Distribution and causation of leprosy in British India
Year: 1875
Disease focus: Leprosy
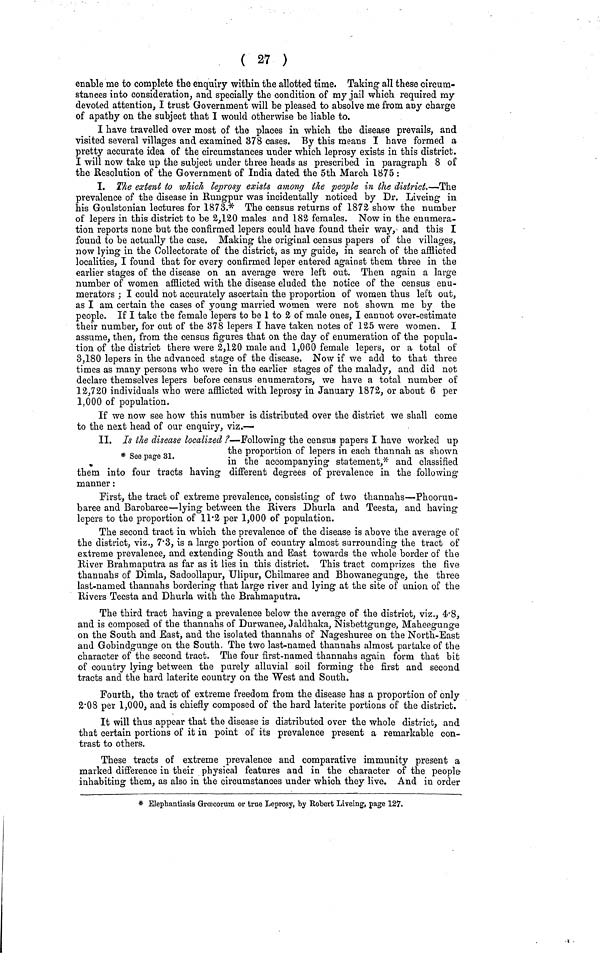
( 27 )
enable me to complete the enquiry within the allotted time. Taking all these circum-
stances into consideration, and specially the condition of my jail which required my
devoted attention, I trust Government will be pleased to absolve me from any charge
of apathy on the subject that I would otherwise be liable to.
I have travelled over most of the places in which the disease prevails, and
visited several villages and examined 378 cases. By this means I have formed a
pretty accurate idea of the circumstances under which leprosy exists in this district.
I will now take up the subject under three heads as prescribed in paragraph 8 of
the Resolution of the Government of India dated the 5th March 1875 :
I. The extent to which leprosy exists among the people in the district.—The
prevalence of the disease in Rungpur was incidentally noticed by Dr. Liveing in
his Goulstonian lectures for 1873.* The census returns of 1872 show the number
of lepers in this district to be 2,120 males and 182 females. Now in the enumera-
tion reports none but the confirmed lepers could have found their way, and this I
found to be actually the case. Making the original census papers of the villages,
now lying in the Collectorate of the district, as my guide, in search of the afflicted
localities, I found that for every confirmed leper entered against them three in the
earlier stages of the disease on an average were left out. Then again a large
number of women afflicted with the disease eluded the notice of the census enu-
merators ; I could not accurately ascertain the proportion of women thus left out,
as I am certain the cases of young married women were not shown me by the
people. If I take the female lepers to be 1 to 2 of male ones, I cannot over-estimate
their number, for out of the 378 lepers I have taken notes of 125 were women. I
assume, then, from the census figures that on the day of enumeration of the popula-
tion of the district there were 2,120 male and 1,060 female lepers, or a total of
3,180 lepers in the advanced stage of the disease. Now if we add to that three
times as many persons who were in the earlier stages of the malady, and did not
declare themselves lepers before census enumerators, we have a total number of
12,720 individuals who were afflicted with leprosy in January 1872, or about 6 per
1,000 of population.
If we now see how this number is distributed over the district we shall come
to the next head of our enquiry, viz.—
* See page 31.
II. Is the disease localized ?—Following the census papers I have worked up
the proportion of lepers in each thannah as shown
in the accompanying statement,* and classified
them into four tracts having different degrees of prevalence in the following
manner :
First, the tract of extreme prevalence, consisting of two thannahs—Phoorun-
baree and Barobaree—lying between the Rivers Dhurla and Teesta, and having
lepers to the proportion of 11·2 per 1,000 of population.
The second tract in which the prevalence of the disease is above the average of
the district, viz., 7·3, is a large portion of country almost surrounding the tract of
extreme prevalence, and extending South and Bast towards the whole border of the
River Brahmaputra as far as it lies in this district. This tract comprizes the five
thannahs of Dimla, Sadoollapur, Ulipur, Chilmaree and Bhowanegunge, the three
last-named thannahs bordering that large river and lying at the site of union of the
Rivers Teesta and Dhurla with the Brahmaputra.
The third tract having a prevalence below the average of the district, viz., 4·8,
and is composed of the thannahs of Durwanee, Jaldhaka, Nisbettgunge, Maheegunge
on the South and East, and the isolated thannahs of Nageshuree on the North-East
and Gobindgunge on the South. The two last-named thannahs almost partake of the
character of the second tract. The four first-named thannahs again form that bit
of country lying between the purely alluvial soil forming the first and second
tracts and the hard latente country on the West and South.
Fourth, the tract of extreme freedom from the disease has a proportion of only
2·08 per 1,000, and is chiefly composed of the hard laterite portions of the district.
It will thus appear that the disease is distributed over the whole district, and
that certain portions of it in point of its prevalence present a remarkable con-
trast to others.
These tracts of extreme prevalence and comparative immunity present a
marked difference in their physical features and in the character of the people
inhabiting them, as also in the circumstances under which they live. And in order
* Elephantiasis Græecorum or true Leprosy, by Robert Liveing, page 127.